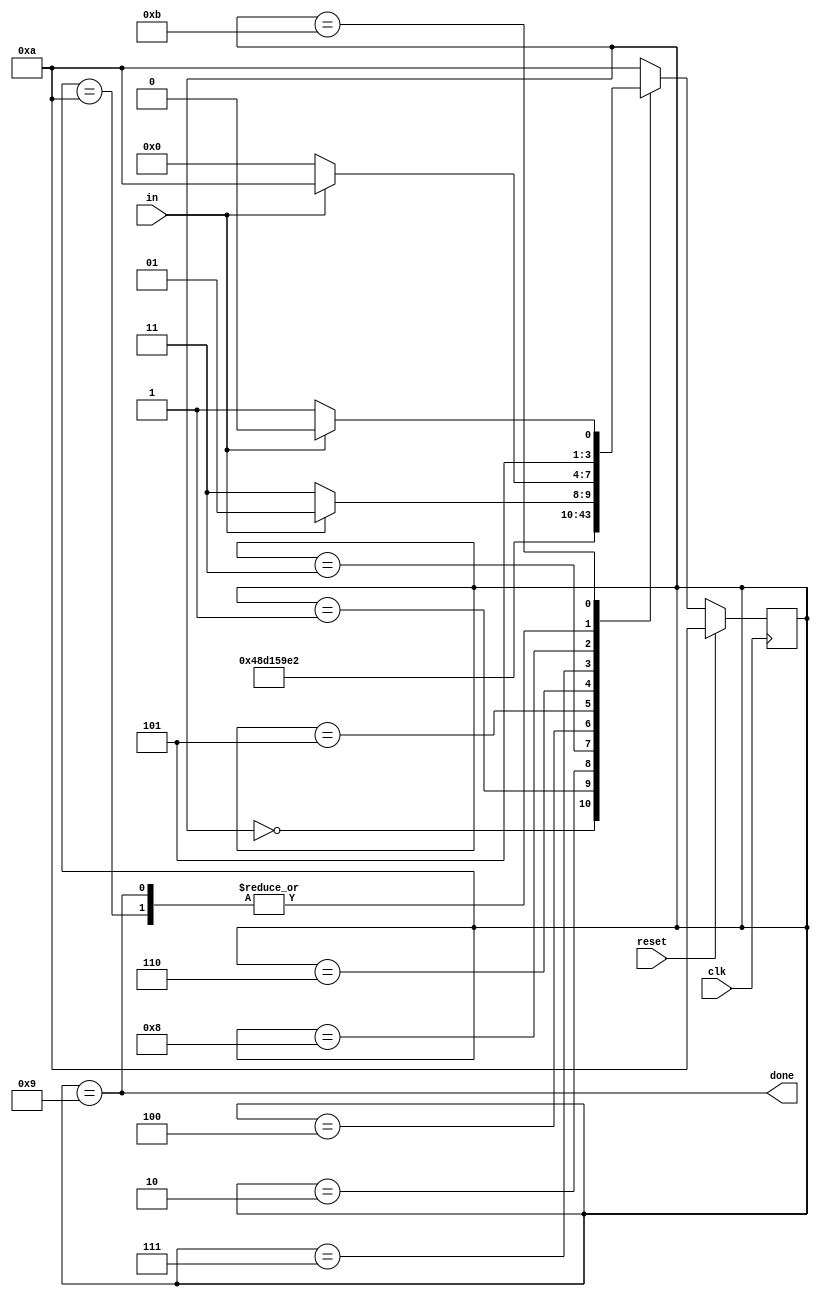
module top_module(
    input clk,
    input in,
    input reset,    // Synchronous reset
    output done
); 
    reg [3:0] state,next_state;
    parameter IDLE=10,s0=0,s1=1,s2=2,s3=3,s4=4,s5=5,s6=6,s7=7,s8=8,s9=9, non_stop = 11;
    always @ (posedge clk)begin
        if (reset)
            state <= IDLE;
        else 
            state<=next_state;
    end
    
    always @ (*) begin
        case (state)
            IDLE: next_state = ~in? s0: IDLE;
            s0: next_state = s1;
            s1: next_state = s2;
            s2: next_state = s3;
            s3: next_state = s4;
            s4: next_state = s5;
            s5: next_state = s6;
            s6: next_state = s7;
            s7: next_state = s8;
            s8: next_state = in? s9: non_stop;
            s9: next_state = ~in? s0: IDLE;
            non_stop: next_state = in? IDLE: non_stop;
            default: next_state = IDLE;
        endcase
    end
    assign done = state == s9;
endmodule